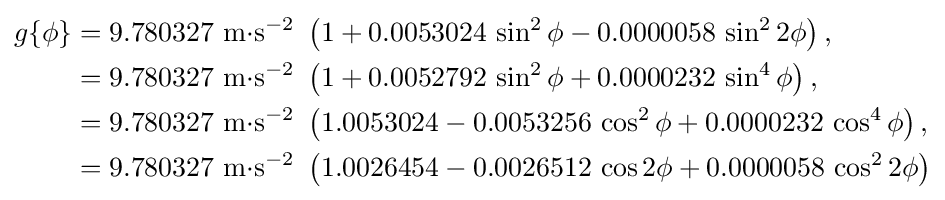
{\begin{aligned}g\{\phi \}&=9.780327\,\,\mathrm {m} {\cdot }\mathrm {s} ^{-2}\,\,\left(1+0.0053024\,\sin ^{2}\phi -0.0000058\,\sin ^{2}2\phi \right),\\&=9.780327\,\,\mathrm {m} {\cdot }\mathrm {s} ^{-2}\,\,\left(1+0.0052792\,\sin ^{2}\phi +0.0000232\,\sin ^{4}\phi \right),\\&=9.780327\,\,\mathrm {m} {\cdot }\mathrm {s} ^{-2}\,\,\left(1.0053024-0.0053256\,\cos ^{2}\phi +0.0000232\,\cos ^{4}\phi \right),\\&=9.780327\,\,\mathrm {m} {\cdot }\mathrm {s} ^{-2}\,\,\left(1.0026454-0.0026512\,\cos 2\phi +0.0000058\,\cos ^{2}2\phi \right)\end{aligned}}